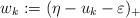
LaTeX: \begin{align*} w_k := (\eta-u_k-\varepsilon)_+\end{align*}